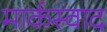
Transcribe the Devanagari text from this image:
मार्कस्वाद